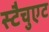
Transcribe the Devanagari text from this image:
स्टैचुएट